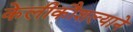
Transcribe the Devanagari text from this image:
केलीकौशल्याने